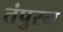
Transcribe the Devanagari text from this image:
तंपुरन